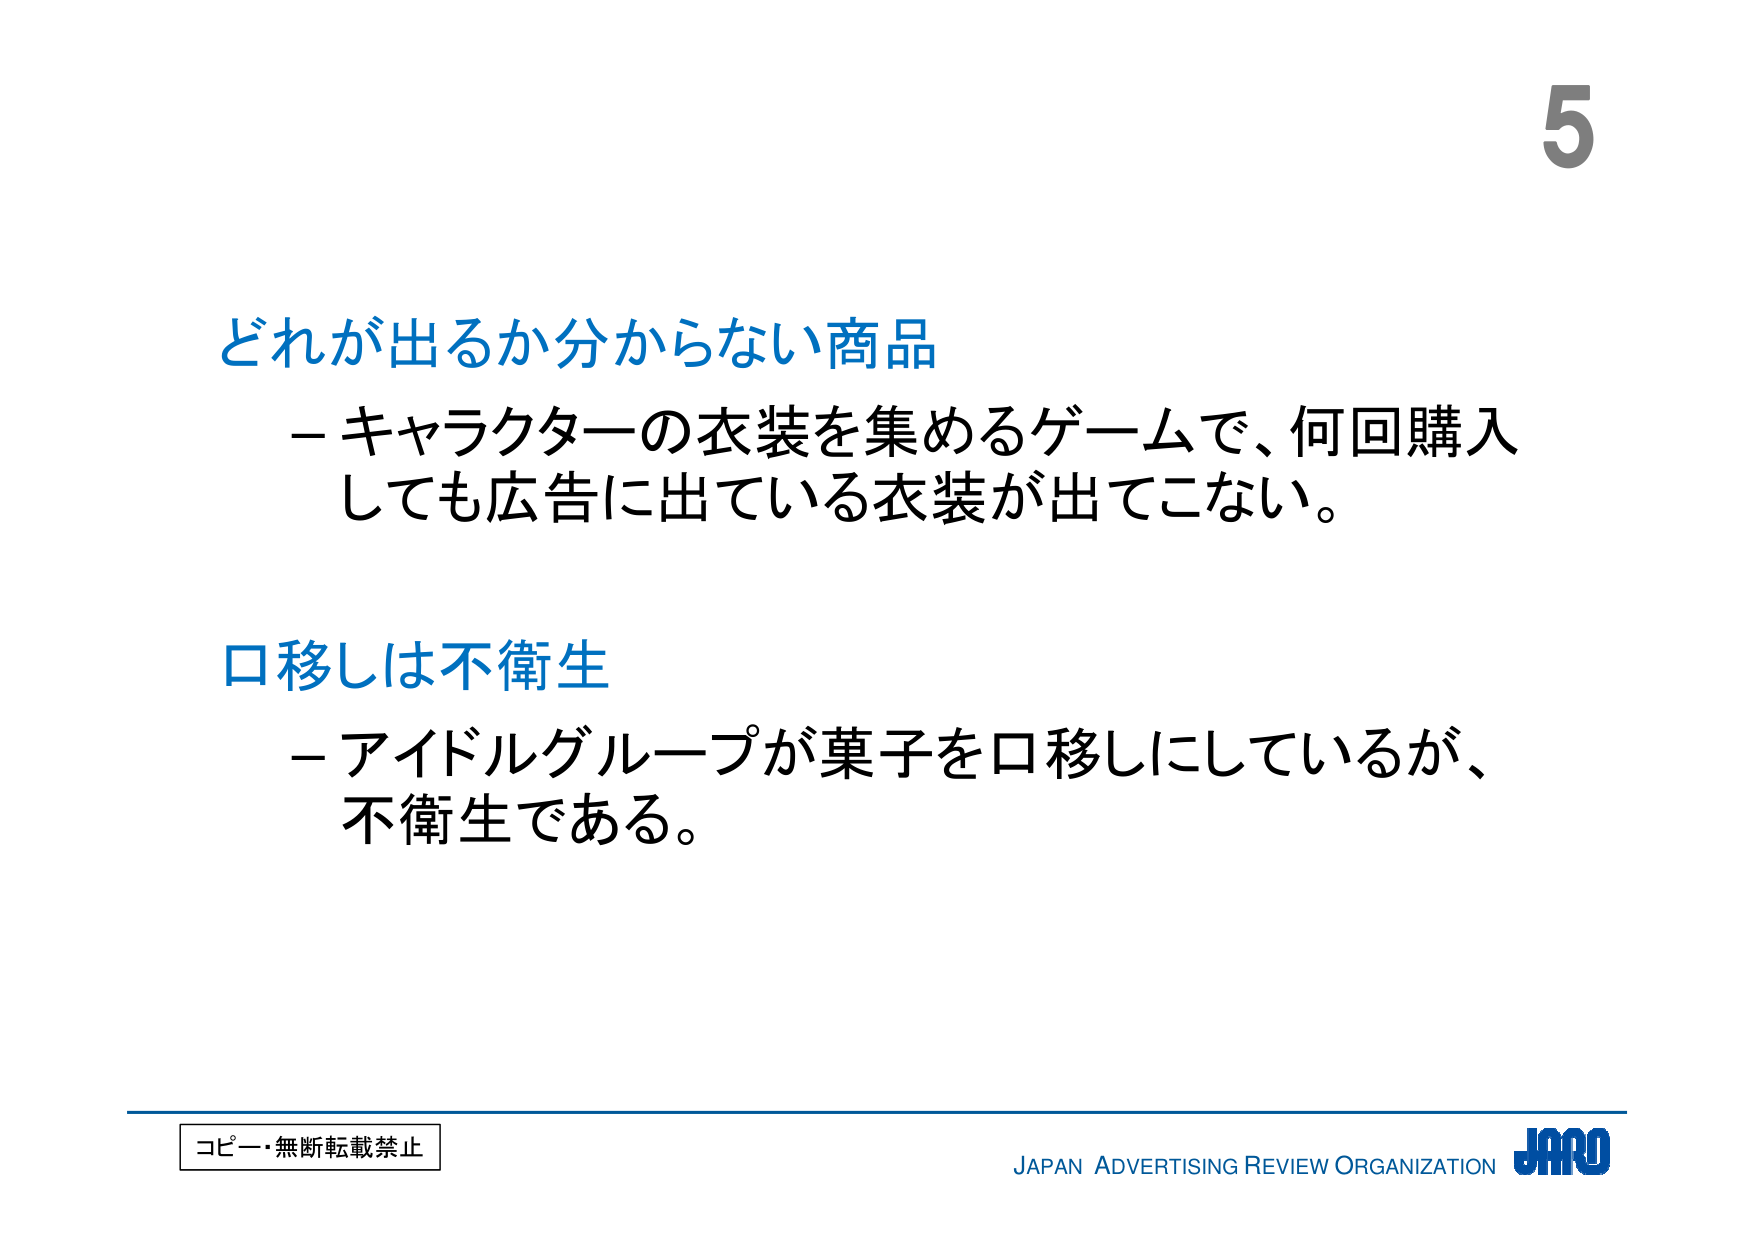
5

どれが出るか分からない商品
－キャラクターの衣装を集めるゲームで、何回購入
しても広告に出ている衣装が出てこない。

口移しは不衛生
－アイドルグループが菓子を口移しにしているが、
不衛生である。

コピー・無断転載禁止
JAPAN ADVERTISING REVIEW ORGANIZATION JARO